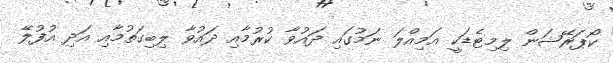
ކޯޕަރޭޝަން ލިމިޓެޑަކީ އަމިއްލަ ނަމުގައި ދައުވާ ކުރުމާއި ދައުވާ ލިބިގަތުމާއި އަދި އުފުލޭ